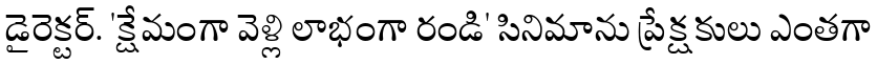
డైరెక్టర్. 'క్షేమంగా వెళ్లి లాభంగా రండి' సినిమాను ప్రేక్షకులు ఎంతగా